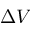
\Delta V